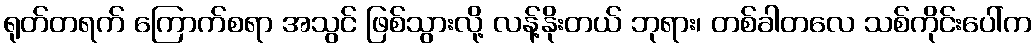
ရုတ်တရက် ကြောက်စရာ အသွင် ဖြစ်သွားလို့ လန့်နိုးတယ် ဘုရား၊ တစ်ခါတလေ သစ်ကိုင်းပေါ်က